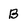
Character: B